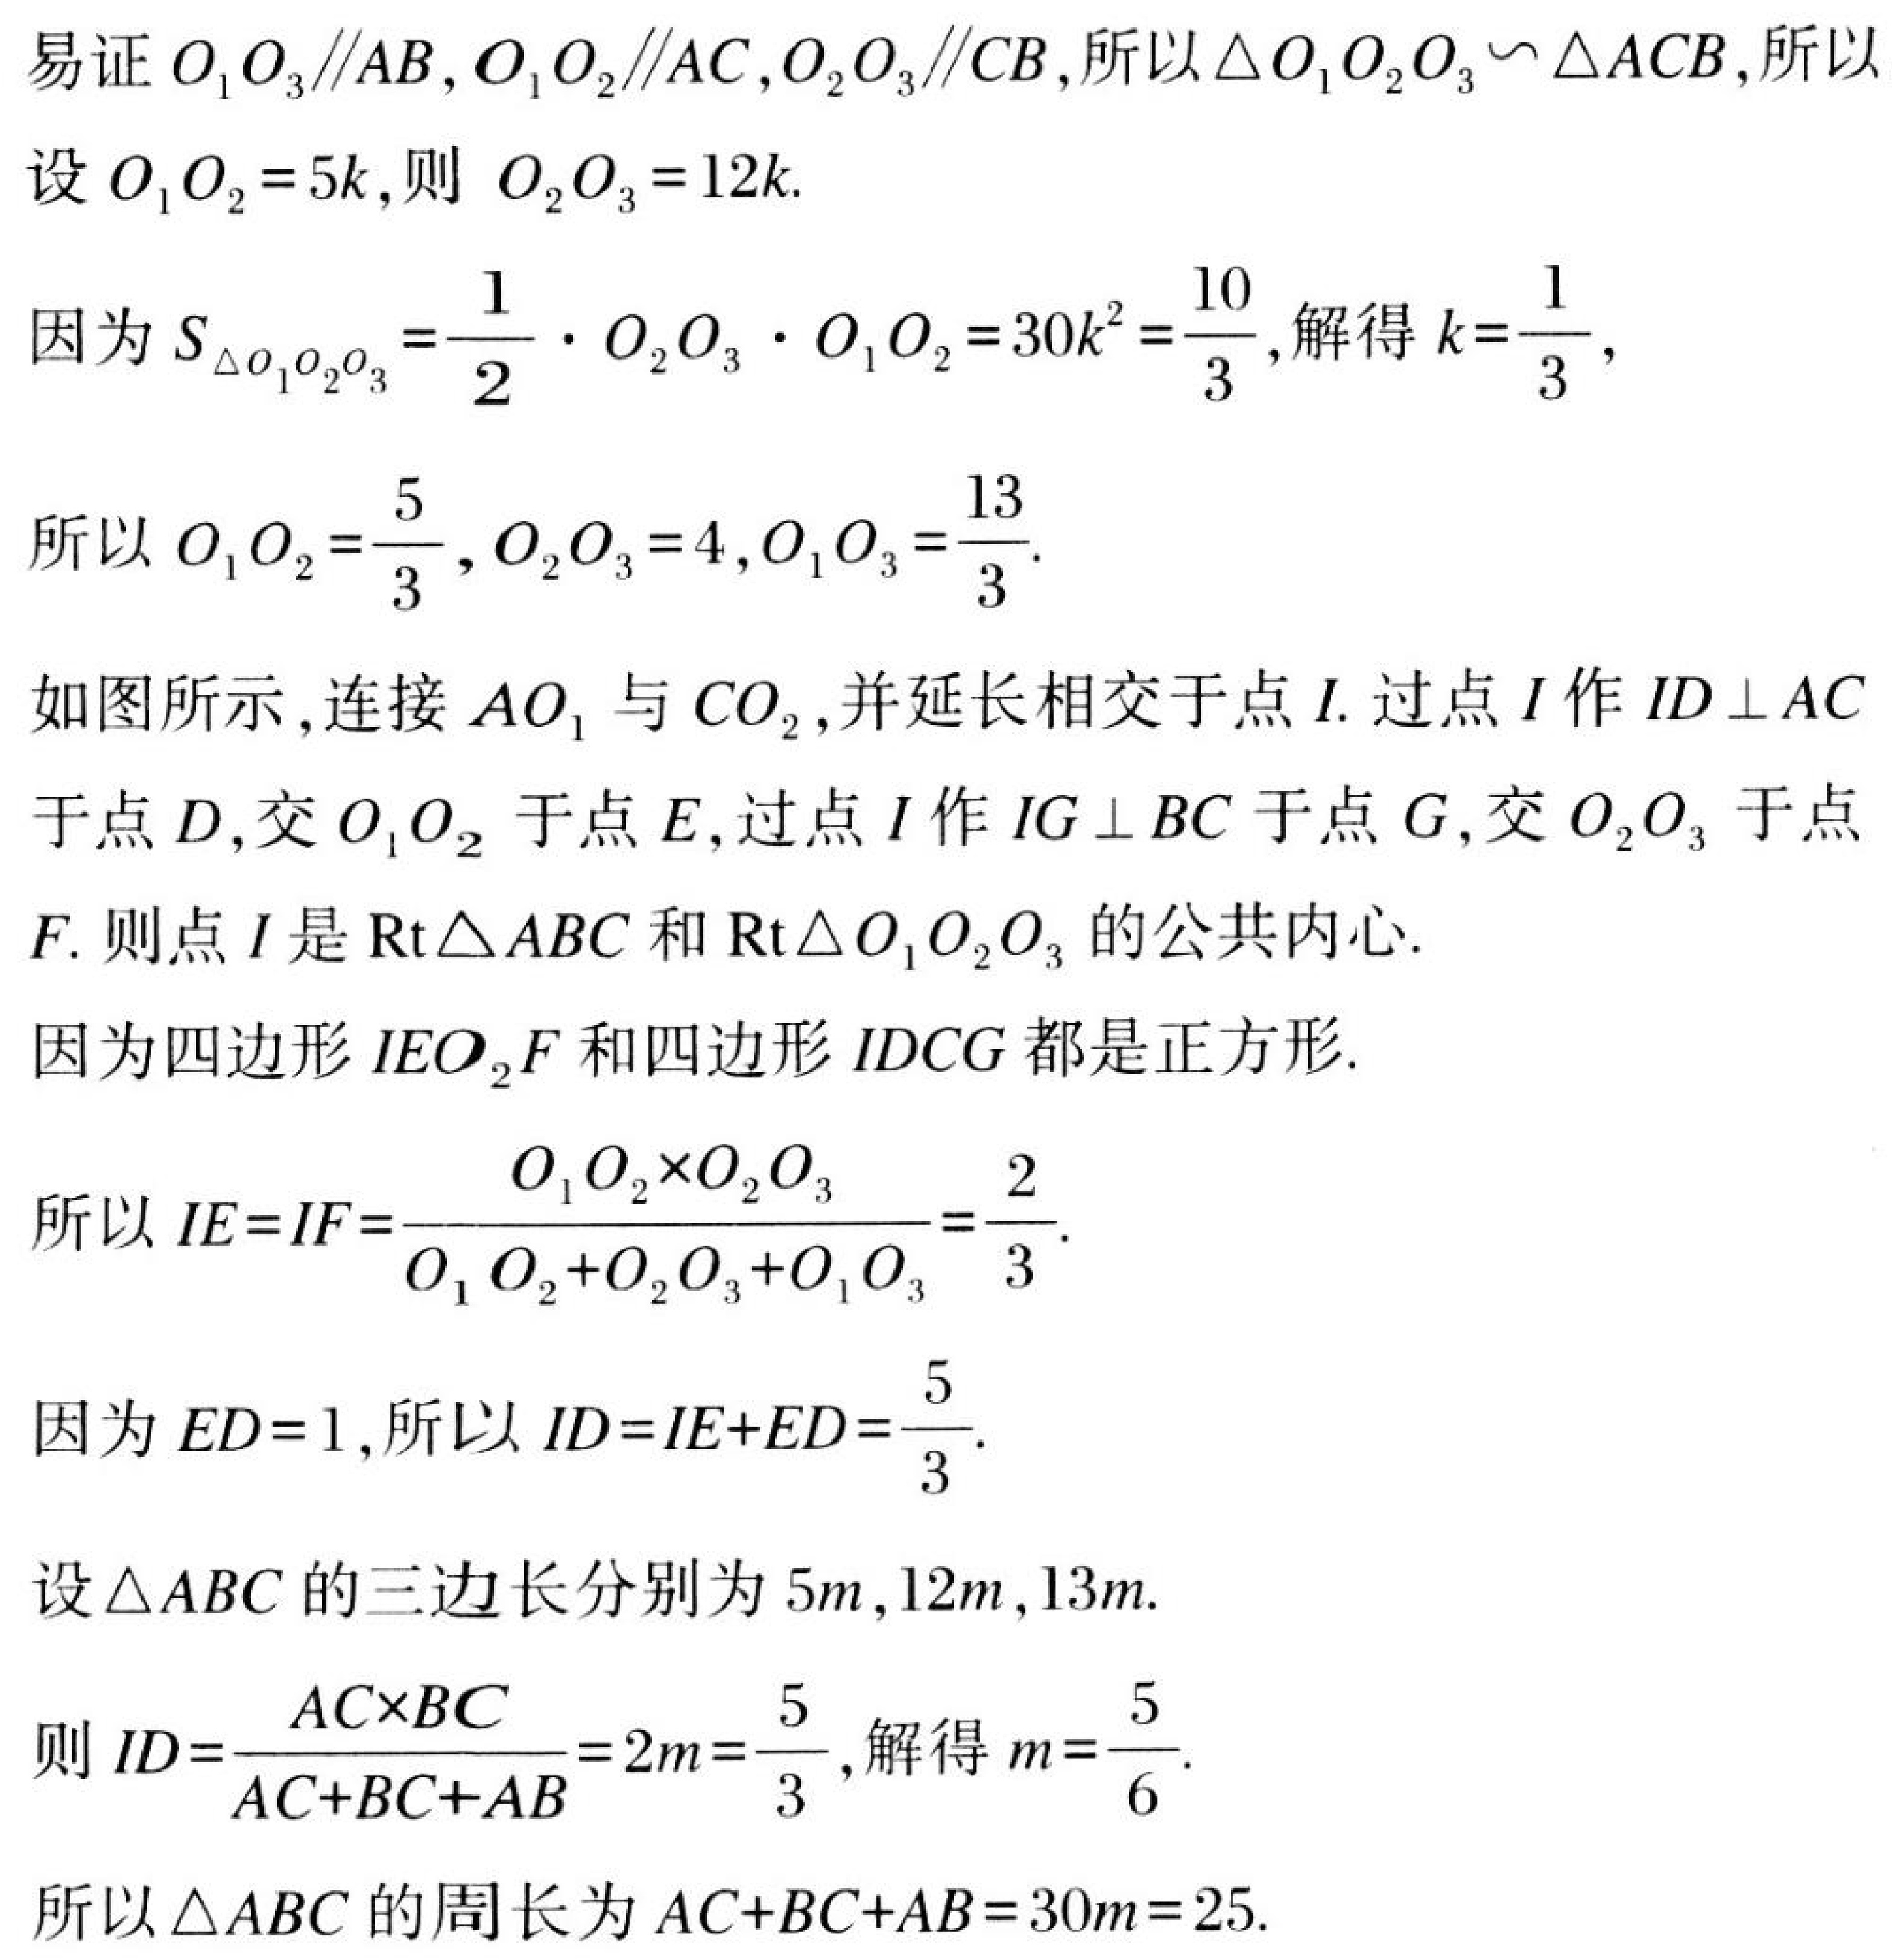
易证 \(O_{1}O_{3}\parallel AB\)，\(O_{1}O_{2}\parallel AC\)，\(O_{2}O_{3}\parallel CB\)，所以 \(\triangle O_{1}O_{2}O_{3}\sim\triangle ACB\)，所以
设 \(O_{1}O_{2}=5k\)，则 \(O_{2}O_{3}=12k\).
因为 \(S_{\triangle O_{1}O_{2}O_{3}}=\frac{1}{2}\cdot O_{2}O_{3}\cdot O_{1}O_{2}=30k^{2}=\frac{10}{3}\)，解得 \(k = \frac{1}{3}\)，
所以 \(O_{1}O_{2}=\frac{5}{3}\)，\(O_{2}O_{3}=4\)，\(O_{1}O_{3}=\frac{13}{3}\).
如图所示，连接 \(AO_{1}\) 与 \(CO_{2}\)，并延长相交于点 \(I\). 过点 \(I\) 作 \(ID\perp AC\) 于点 \(D\)，交 \(O_{1}O_{2}\) 于点 \(E\)，过点 \(I\) 作 \(IG\perp BC\) 于点 \(G\)，交 \(O_{2}O_{3}\) 于点 \(F\). 则点 \(I\) 是 \(\mathrm{Rt}\triangle ABC\) 和 \(\mathrm{Rt}\triangle O_{1}O_{2}O_{3}\) 的公共内心.
因为四边形 \(IEO_{2}F\) 和四边形 \(IDCG\) 都是正方形.
所以 \(IE = IF=\frac{O_{1}O_{2}\times O_{2}O_{3}}{O_{1}O_{2}+O_{2}O_{3}+O_{1}O_{3}}=\frac{2}{3}\).
因为 \(ED = 1\)，所以 \(ID=IE + ED=\frac{5}{3}\).
设 \(\triangle ABC\) 的三边长分别为 \(5m\)，\(12m\)，\(13m\).
则 \(ID=\frac{AC\times BC}{AC + BC+AB}=2m=\frac{5}{3}\)，解得 \(m=\frac{5}{6}\).
所以 \(\triangle ABC\) 的周长为 \(AC + BC + AB=30m = 25\).